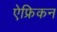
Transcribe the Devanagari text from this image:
ऐफ्रिकन